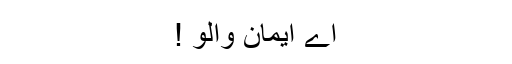
اے ایمان والو !